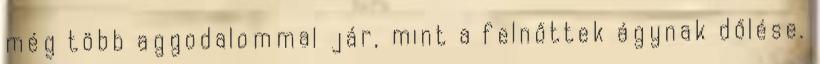
még több aggodalommal jár, mint a felnőttek ágynak dőlése.